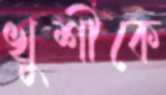
খুশীকে